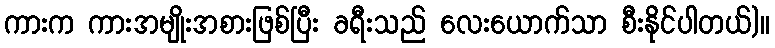
ကားက ကားအမျိုးအစားဖြစ်ပြီး ခရီးသည် လေးယောက်သာ စီးနိုင်ပါတယ်)။